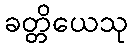
ခတ္တိယေသု